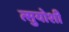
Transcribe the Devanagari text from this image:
त्सुयोशी